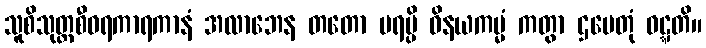
သူစိသုတ္တစီဝရကာရကာနံ အလာဘေန တတော ပရမ္ပိ ဝိနယကမ္မံ ကတွာ ဌပေတုံ ဝဋ္ဋတိ။